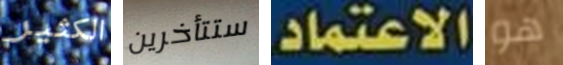
الكثير ستتأخرين الاعتماد. هو